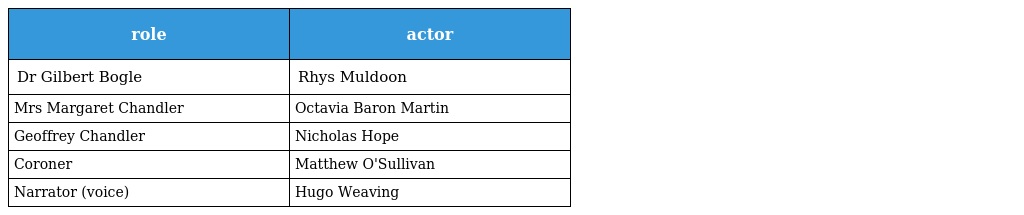
| role | actor |
 | --- | --- |
 | Dr Gilbert Bogle | Rhys Muldoon |
 | Mrs Margaret Chandler | Octavia Baron Martin |
 | Geoffrey Chandler | Nicholas Hope |
 | Coroner | Matthew O'Sullivan |
 | Narrator (voice) | Hugo Weaving |